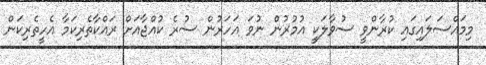
މިމައްސަލައިގައި ކުރާންވީ ސުވާލަކީ އުމުރުން ނުވަ އަހަރުން ސުރެ ކުއްޖާއަށް ރައްކާތެރިކަމާ އެހީތެރިކަން